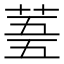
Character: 𮏓